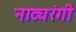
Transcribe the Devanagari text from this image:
नाट्यरंगी